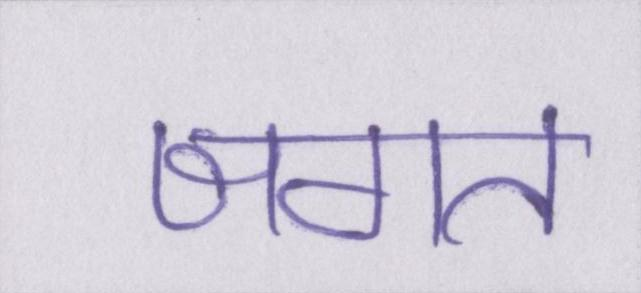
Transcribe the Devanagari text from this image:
जगत